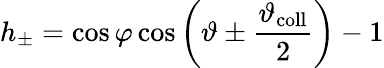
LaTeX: h_{\pm}=\cos{\varphi}\cos\left(\vartheta\pm\frac{\vartheta_{\mathrm{coll}}}{2}\right)-1